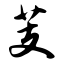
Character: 芰